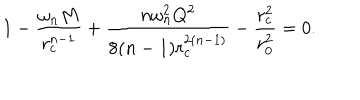
LaTeX: 1 - \frac { \omega _ { n } M } { r _ { c } ^ { n - 1 } } + \frac { n \omega _ { n } ^ { 2 } Q ^ { 2 } } { 8 ( n - 1 ) r _ { c } ^ { 2 ( n - 1 ) } } - \frac { r _ { c } ^ { 2 } } { r _ { 0 } ^ { 2 } } = 0 .